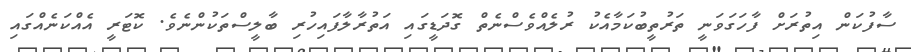
ސާފުކަން އިތުރަށް ފާހަގަވަނީ ތަރުތީބުކަމާއެކު ރުލެއްވެސްނެތް ގޮދަޑީގައި އަތުރާލާފައިހުރި ބާލީސްތަކުންނެވެ. ކޮޓަރީ އެއްކަނެއްގައި